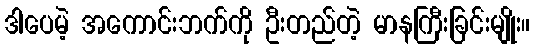
ဒါပေမဲ့ အကောင်းဘက်ကို ဦးတည်တဲ့ မာနကြီးခြင်းမျိုး။